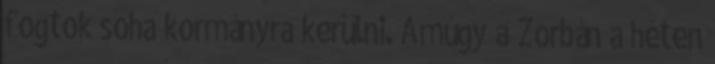
fogtok soha kormányra kerülni. Amúgy a Zorbán a héten